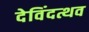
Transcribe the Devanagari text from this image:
देविंदत्थव